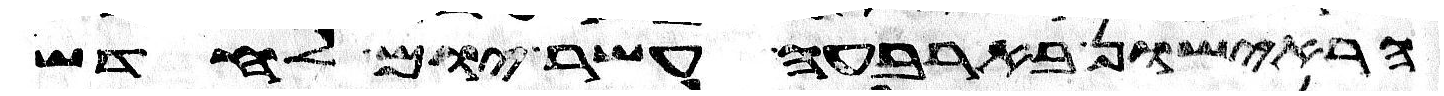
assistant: הראישון בארבעה עשר יום לחדש